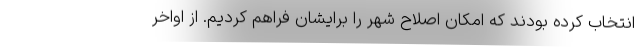
انتخاب کرده بودند که امکان اصلاح شهر را برایشان فراهم کردیم. از اواخر